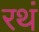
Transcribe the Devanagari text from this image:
रथं